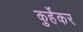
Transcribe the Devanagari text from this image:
कुर्हेकर